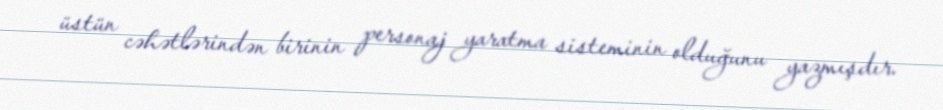
üstün cəhətlərindən birinin personaj yaratma sisteminin olduğunu yazmışdır.